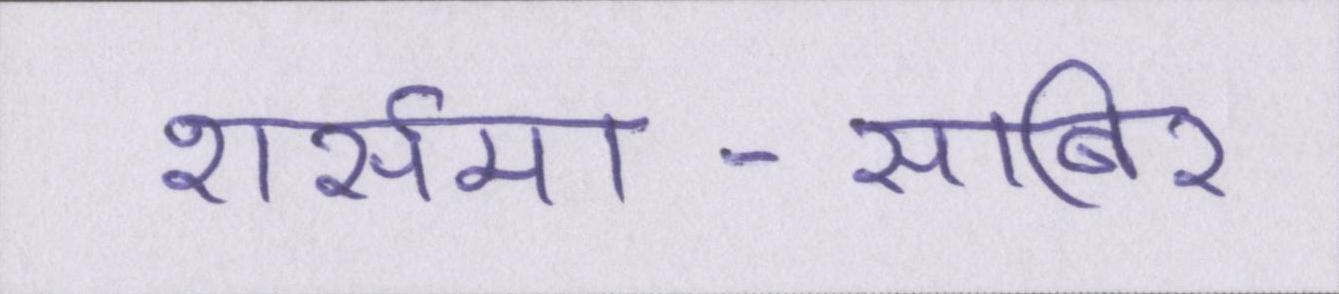
शर्समा-साबिर